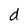
Character: d